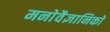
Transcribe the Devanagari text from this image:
मनाेवैज्ञानिकाें